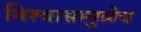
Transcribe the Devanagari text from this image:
विश्‍वासामुळेच